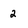
Character: 2